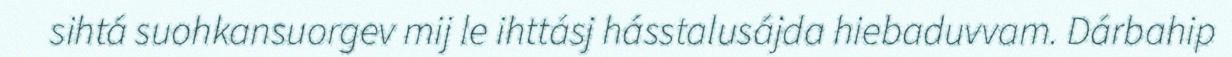
sihtá suohkansuorgev mij le ihttásj hásstalusájda hiebaduvvam. Dárbahip